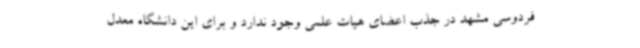
فردوسی مشهد در جذب اعضای هیات علمی وجود ندارد و برای این دانشگاه معدل